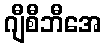
ဂျီစီဘီအေ